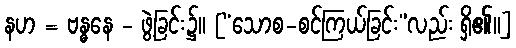
နဟ = ဗန္ဓနေ - ဖွဲ့ခြင်း၌။ [“သောစ-စင်ကြယ်ခြင်း”လည်း ရှိ၏။]